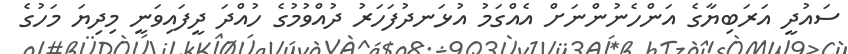
ސައުދީ އަރަބިޔާގެ އަންހެނުންނަށް އެއްގަމު އުޅަނދުފަހަރު ދުއްވުމުގެ ހުއްދަ ދީފައިވަނީ މިދިޔަ މަހުގެ